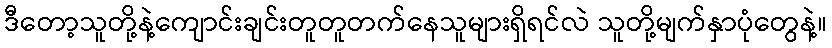
ဒီတော့သူတို့နဲ့ကျောင်းချင်းတူတူတက်နေသူများရှိရင်လဲ သူတို့မျက်နှာပုံတွေနဲ့။